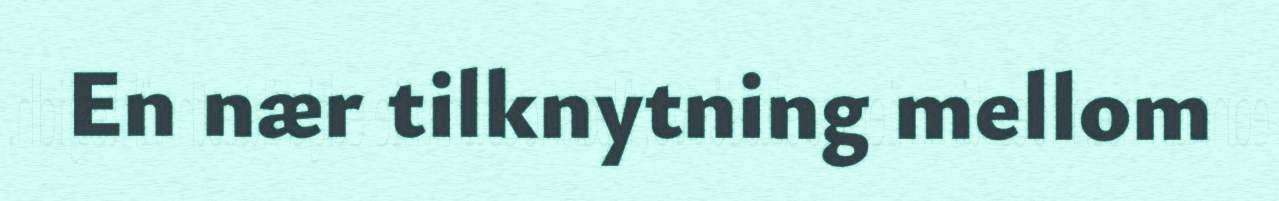
En nær tilknytning mellom